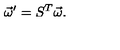
\vec { \omega } ^ { \prime } = S ^ { T } \vec { \omega } .